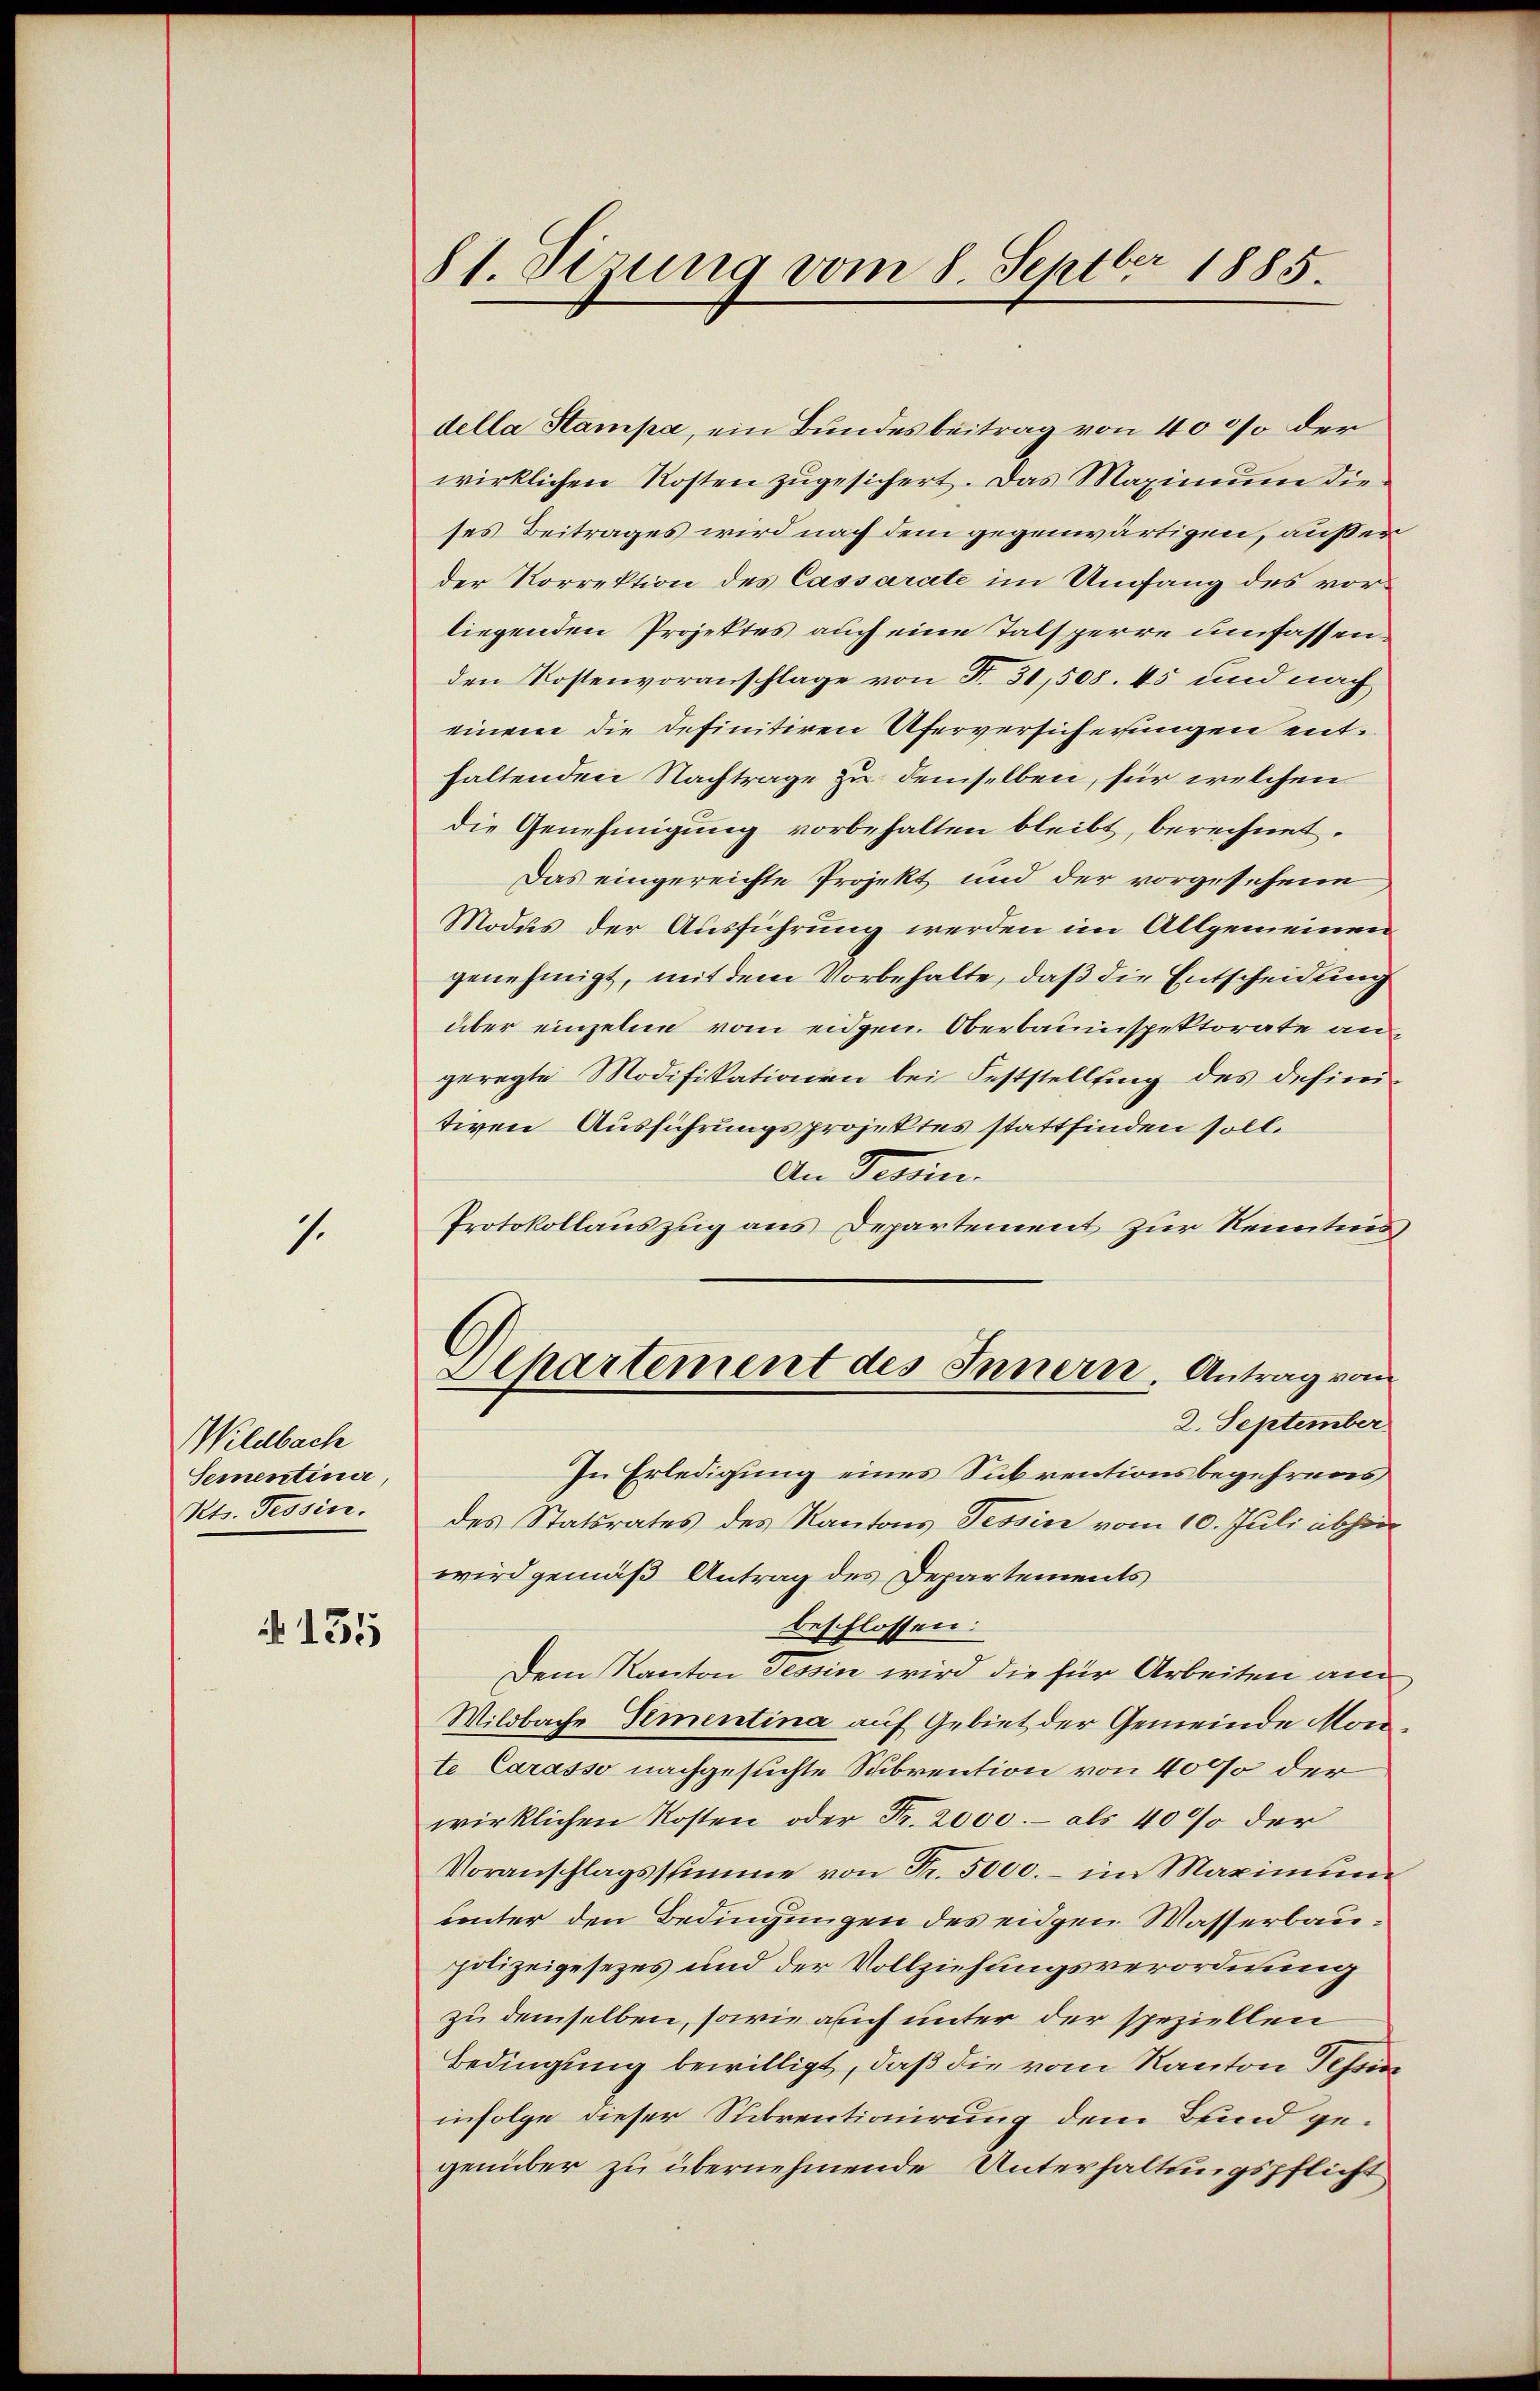
1.

Wildbach
Sementinie,
Kts. Tessin.

135

81. Sizung vom 8. Septbr 1885.

della Stampa, ein Bundesbeitrag von 4000 der
wirklichen Kosten zugesichert. Das Maximum dieses Beitrages wird nach dem gegenwärtigen, ausser
der Korrektion des Cassarate im Umfang des vorliegenden Projektes auch eine Talsperre umfassenden Kostenvoranschlage von N. 31,508. 45 und nach
einem die definitiren Uferversicherungen enthaltenden Nachträge zu demselben, für welchen
die Genehmigung vorbehalten bleibt, berechnet.
Das eingereichte Projekt und der vorgesehene
Modus der Ausführung werden im Allgemeinen
genehmigt, mit dem Vorbehalte, daß die Entscheidung
über einzelne vom eidgen. Oberbauinspektorate angeregte Modifikationen bei Feststellung des definitiven Ausführungsprojektes stattfinden soll.
An Tessin.
Protokollauszug aus Departement zur Renntnis
Departement des Innern Antrag vom
2. September.
In Erledigung eines Subventionsbegehrens
des Statsrates des Kantons Tessin vom 10. Juli abhin
wird gemäß Antrag des Departements
beschlossen:
Dem Kanton Tessin wird die für Arbeiten am
Wildbache Sementina auf Gebiet der Gemeinde Monte Carasso nachgesuchte Subvention von 4000 der
wirklichen Kosten oder Fr. 2000.- als 40% der
Voranschlagsstimme von Fr. 5000. - im Maximum
unter den Bedingungen des eidgen Wasserbaupolizeigesezes und der Vollziehungsverordnung
zu demselben, sowie auch unter der speziellen
Bedingung bewilligt, daß die vom Kanton Tessin
infolge dieser Subventionirung dem Bund gegenüber zu übernehmende Unterhaltungspflicht